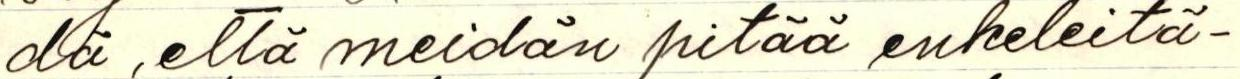
dä, että meidän pitää enkeleitä-